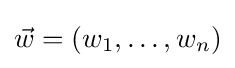
{\vec {w}}=(w_{1},\dots ,w_{n})